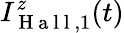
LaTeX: I_{\mathrm{~H~a~l~l~},1}^{z}(t)